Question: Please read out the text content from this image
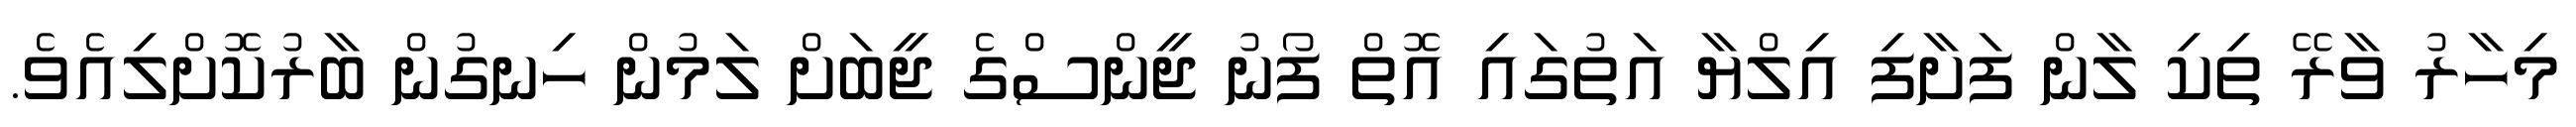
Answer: މިހާރު ވާރޭ ތިކި ލާން ފަށާފި އިލްޔާ އަތުގައި އޮތް ފޯނު ޖީންސްގެ ޖީބަށް ލަމުން ހިނގުން ބާރުކޮށްލިއެވެ.